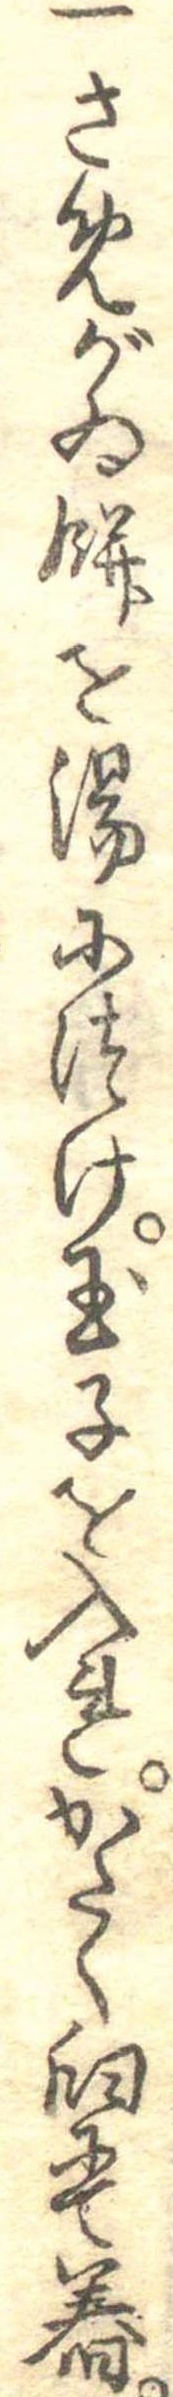
一さめがゐ餅を湯につけ玉子を入れかたく臼にて舂